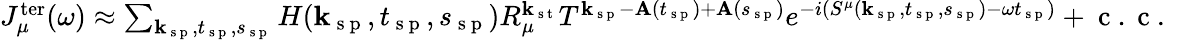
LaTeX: \begin{array}{r}{J_{\mu}^{\mathrm{ter}}(\omega)\approx\sum_{\textbf{k}_{\mathrm{~s~p~}},t_{\mathrm{~s~p~}},s_{\mathrm{~s~p~}}}H(\textbf{k}_{\mathrm{~s~p~}},t_{\mathrm{~s~p~}},s_{\mathrm{~s~p~}})R_{\mu}^{\mathbf{k}_{\mathrm{~s~t~}}}T^{\textbf{k}_{\mathrm{~s~p~}}-\textbf{A}(t_{\mathrm{~s~p~}})+\textbf{A}(s_{\mathrm{~s~p~}})}e^{-i\left(S^{\mu}(\textbf{k}_{\mathrm{~s~p~}},t_{\mathrm{~s~p~}},s_{\mathrm{~s~p~}})-\omega t_{\mathrm{~s~p~}}\right)}+\mathrm{~c~.~c~.~}}\end{array}